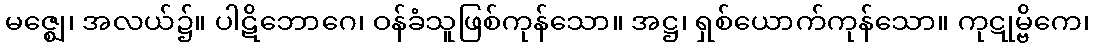
မဇ္ဈေ၊ အလယ်၌။ ပါဋိဘောဂေ၊ ဝန်ခံသူဖြစ်ကုန်သော။ အဋ္ဌ၊ ရှစ်ယောက်ကုန်သော။ ကုဋုမ္ဗိကေ၊